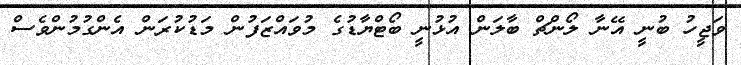
ވަޖީހު ބުނީ އޭނާ ލޯންޗް ބާލަން އުޅުނީ ބޯޓްޔާޑުގެ މުވައްޒަފުން މަޑުކުރަން އެންގުމުންވެސް